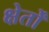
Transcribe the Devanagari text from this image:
क्षेर्तों